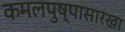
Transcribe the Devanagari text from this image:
कमलपुष्पासारखा